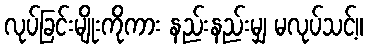
လုပ်ခြင်းမျိုးကိုကား နည်းနည်းမျှ မလုပ်သင့်။